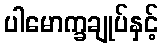
ပါမောက္ခချုပ်နှင့်